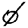
Digit: 0